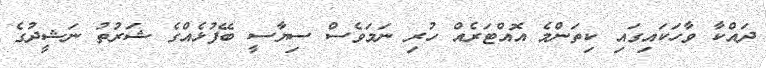
ދައްކާ ވާހަކައިގައި ކިތަންމެ އޮއްޓަރެއް ހުރި ނަމަވެސް ސިޔާސީ ބޭފުޅެއްގެ ޝަރުތު ނަޝީދުގެ